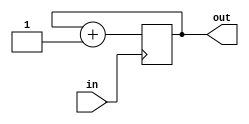
`timescale 1ns / 1ps

module clock_divider(
	input in,
	output out
	);

	parameter COUNTER_WIDTH = 1;

	reg [COUNTER_WIDTH - 1:0] counter = 0;

	always @(posedge in) begin
		counter <= counter + 1'b1;
	end

	assign out = counter[COUNTER_WIDTH - 1];

endmodule